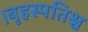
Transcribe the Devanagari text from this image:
।बृहस्पतिश्च